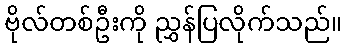
ဗိုလ်တစ်ဦးကို ညွှန်ပြလိုက်သည်။